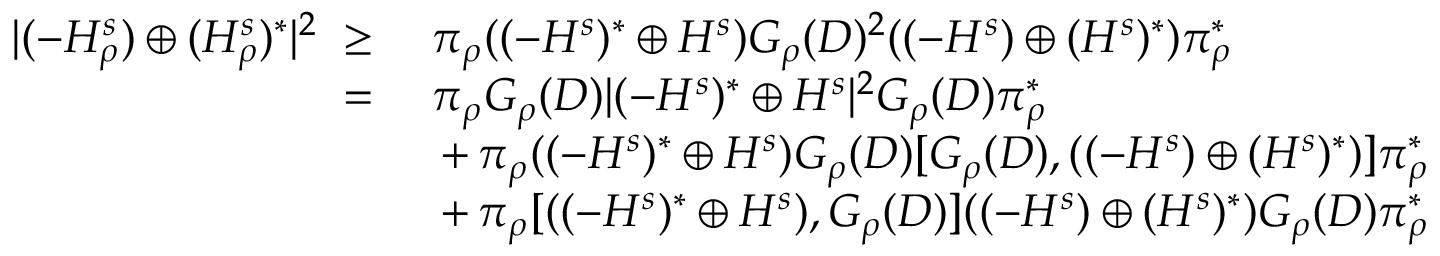
\begin{array} { r l } { | ( - H _ { \rho } ^ { s } ) \oplus ( H _ { \rho } ^ { s } ) ^ { * } | ^ { 2 } \; \geq \; } & { \pi _ { \rho } ( ( - H ^ { s } ) ^ { * } \oplus H ^ { s } ) G _ { \rho } ( D ) ^ { 2 } ( ( - H ^ { s } ) \oplus ( H ^ { s } ) ^ { * } ) { \pi _ { \rho } ^ { * } } } \\ { \; = \; } & { \pi _ { \rho } G _ { \rho } ( D ) | ( - H ^ { s } ) ^ { * } \oplus H ^ { s } | ^ { 2 } G _ { \rho } ( D ) { \pi _ { \rho } ^ { * } } } \\ & { \, + \, \pi _ { \rho } ( ( - H ^ { s } ) ^ { * } \oplus H ^ { s } ) G _ { \rho } ( D ) [ G _ { \rho } ( D ) , ( ( - H ^ { s } ) \oplus ( H ^ { s } ) ^ { * } ) ] { \pi _ { \rho } ^ { * } } } \\ & { \, + \, \pi _ { \rho } [ ( ( - H ^ { s } ) ^ { * } \oplus H ^ { s } ) , G _ { \rho } ( D ) ] ( ( - H ^ { s } ) \oplus ( H ^ { s } ) ^ { * } ) G _ { \rho } ( D ) { \pi _ { \rho } ^ { * } } } \end{array}